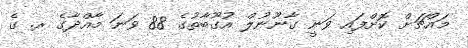
މައްޗަށް ކޮށްފައި ވަނީ ގާނޫނުލް އުގޫބާތުގެ 88 ވަނަ މާއްދާގެ ރ. ގެ